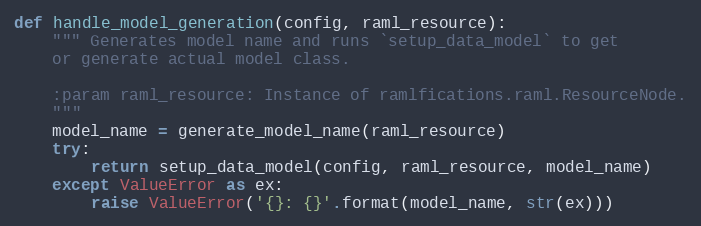
Language: Python
def handle_model_generation(config, raml_resource):
    """ Generates model name and runs `setup_data_model` to get
    or generate actual model class.

    :param raml_resource: Instance of ramlfications.raml.ResourceNode.
    """
    model_name = generate_model_name(raml_resource)
    try:
        return setup_data_model(config, raml_resource, model_name)
    except ValueError as ex:
        raise ValueError('{}: {}'.format(model_name, str(ex)))